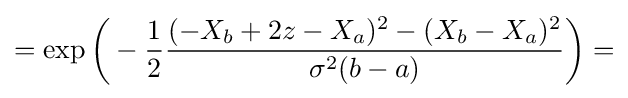
=\exp {\biggl (}-{\frac {1}{2}}{\frac {(-X_{b}+2z-X_{a})^{2}-(X_{b}-X_{a})^{2}}{\sigma ^{2}(b-a)}}{\biggr )}=